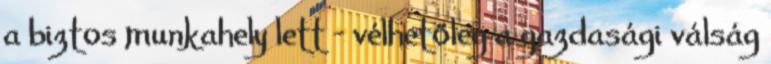
a biztos munkahely lett – vélhetőleg a gazdasági válság